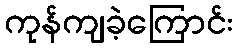
ကုန်ကျခဲ့ကြောင်း